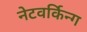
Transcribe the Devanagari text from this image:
नेटवर्किन्ग